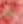
آخر